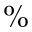
\%